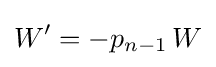
W'=-p_{n-1}\,W